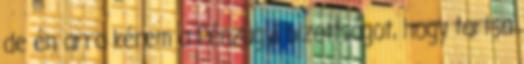
de én arra kérem a Pénzügyi bizottságot, hogy tartsa